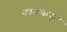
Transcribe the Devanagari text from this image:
यवनांकडून